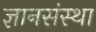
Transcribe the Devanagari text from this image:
ज्ञानसंस्था